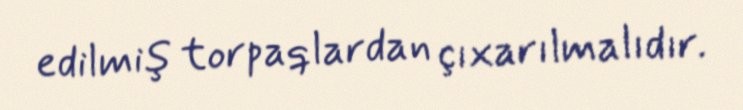
edilmiş torpaqlardan çıxarılmalıdır.